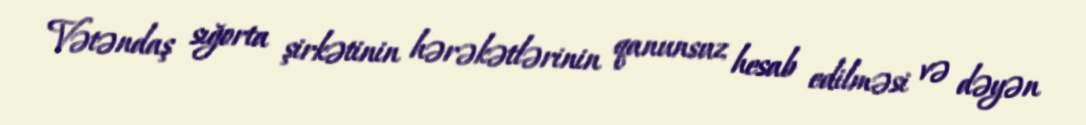
Vətəndaş sığorta şirkətinin hərəkətlərinin qanunsuz hesab edilməsi və dəyən